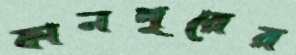
কানপুরের